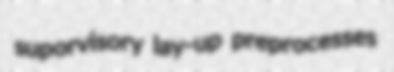
suporvisory lay-up preprocesses